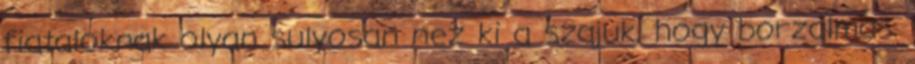
fiataloknak olyan sulyosan nez ki a szajuk, hogy borzalmas.